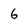
Character: 6